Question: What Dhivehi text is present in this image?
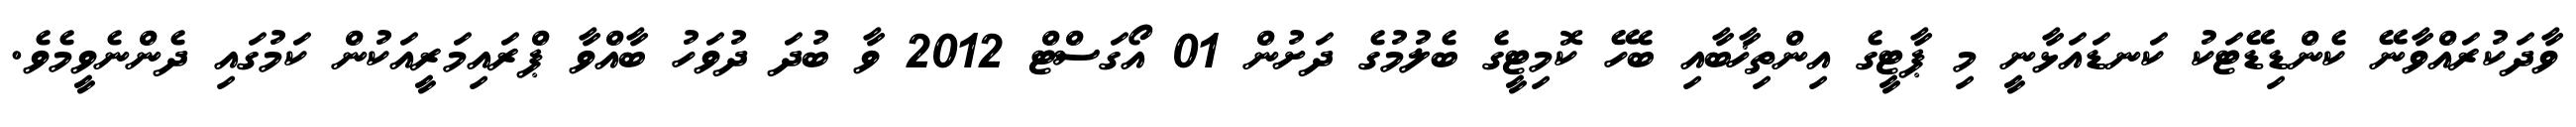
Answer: ވާދަކުރައްވާނޭ ކެންޑިޑޭޓަކު ކަނޑައަޅާނީ މި ޕާޓީގެ އިންތިޚާބާއި ބެހޭ ކޮމިޓީގެ ބެލުމުގެ ދަށުން 01 އޯގަސްޓް 2012 ވާ ބުދަ ދުވަހު ބާއްވާ ޕްރައިމަރީއަކުން ކަމުގައި ދެންނެވީމެވެ.